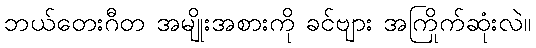
ဘယ်တေးဂီတ အမျိုးအစားကို ခင်ဗျား အကြိုက်ဆုံးလဲ။